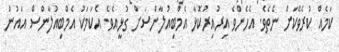
ކަމެއް ކުރެވޭކަށް ނެތެވެ. އެހެންވެ އިރުއިރުކޮޅާ އެމްބިއުލާންސަށް ގުޅީއެވެ. އެކަމަކު އެމްބިއުލާންސް އައުން